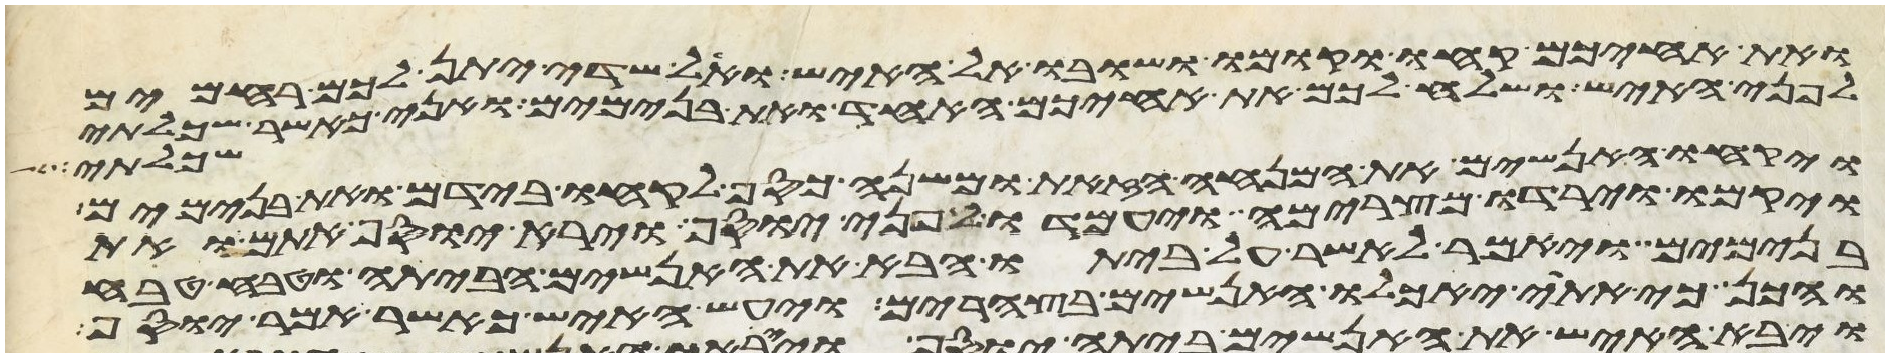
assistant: ואת אחיכם קחו וקומו ושובו אל האיש ואל שדי יתן לכם רחמים
לפני האיש ושלח לכם את אחיכם האחד ואת בנימים ואני כאשר שכלתי
שכלתי
ויקחו האנשים את המנחה הזאת ומשנה כסף לקחו בידם ואת בנימים
ויקמו וירדו מצרימה ויעמדו לפני יוסף וירא יוסף אתם ואת
בנימים ויאמר לאשר על ביתו הבא את האנשים הביתה וטבח טבח
והכן כי אתי יאכלו האנשים בצהרים ויעש האיש כאשר אמר יוסף